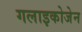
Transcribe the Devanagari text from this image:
गलाइकोजेन